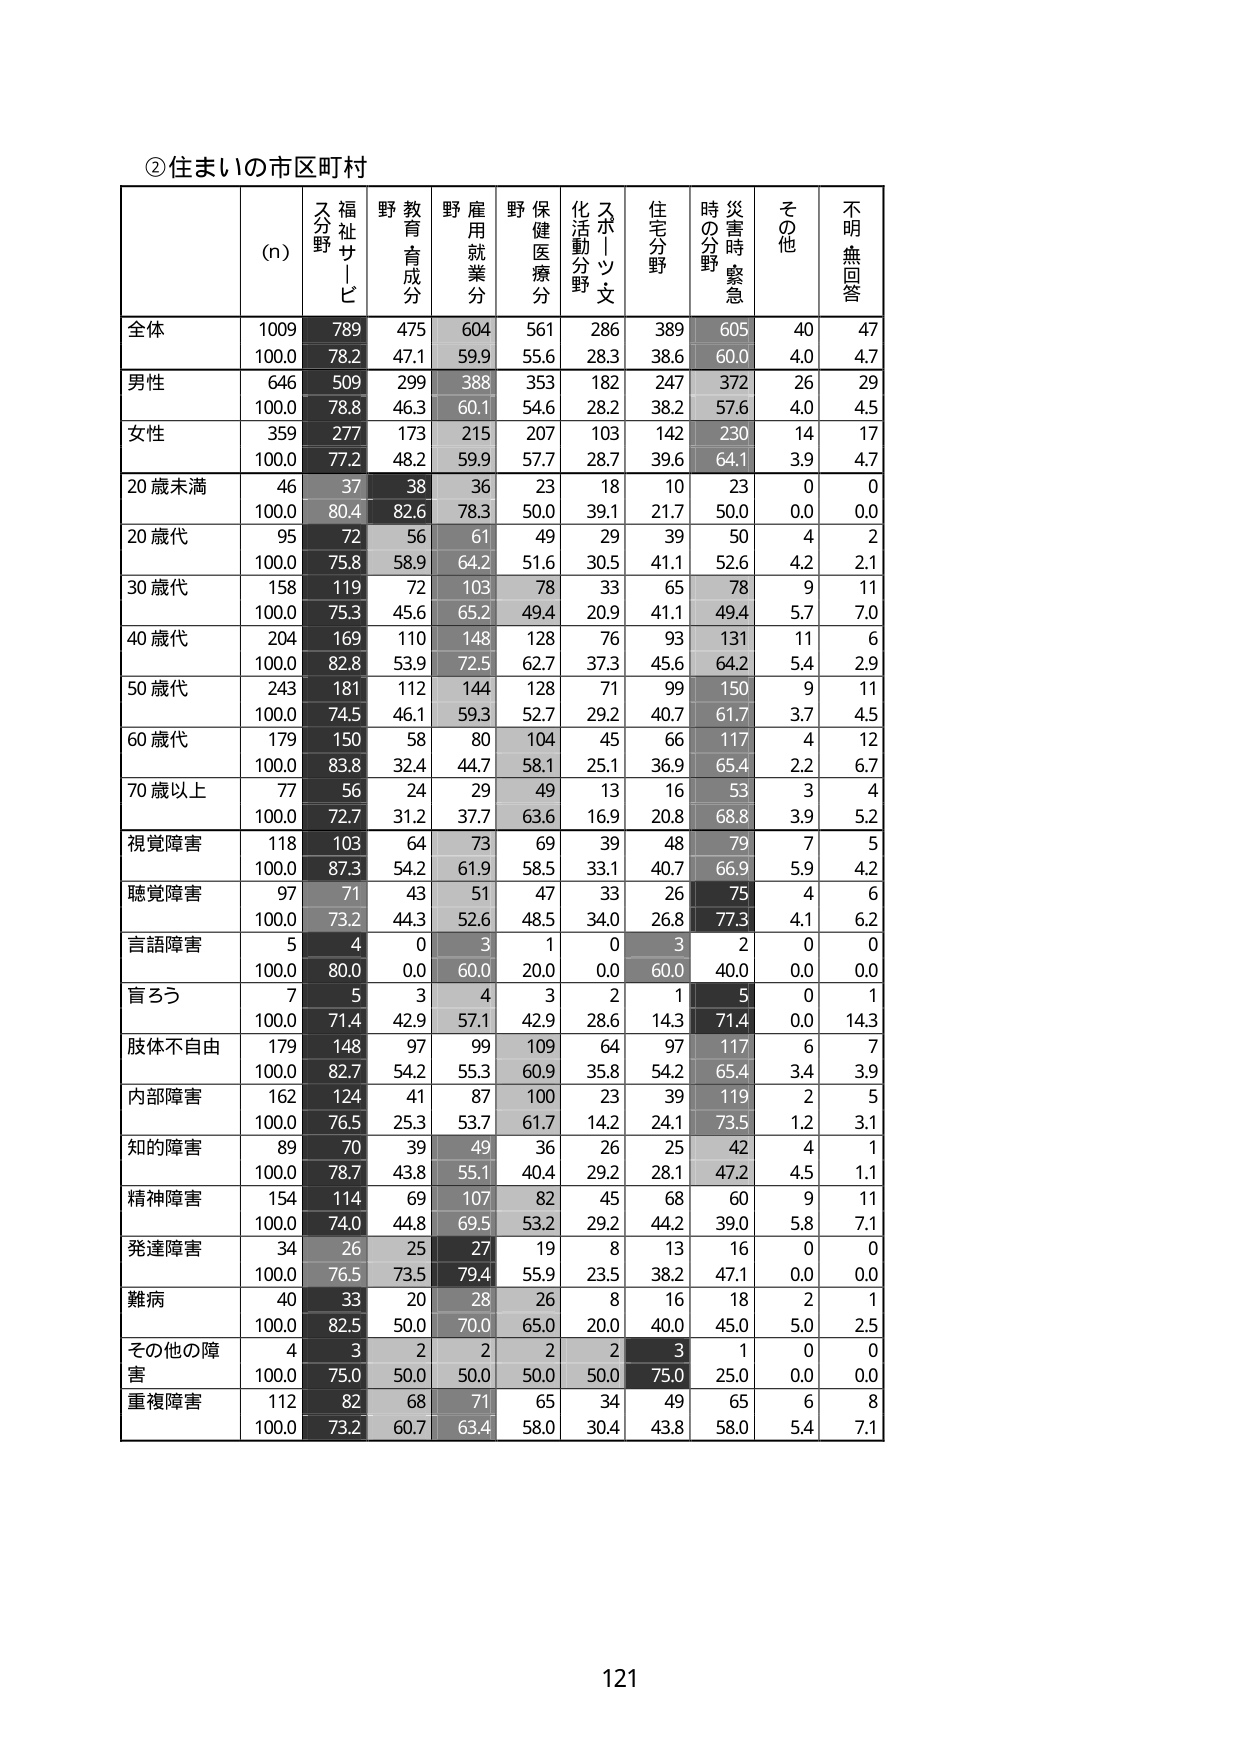
②住まいの市区町村

(n) 福祉サービス分野 教育育成分野 雇用就業分野 保健医療分野 スポーツ・文化活動分野 住宅分野 時の分野 災害時緊急 その他 不明無回答

全体 1009 789 475 604 561 286 389 605 40 47
100.0 78.2 47.1 59.9 55.6 28.3 38.6 60.0 4.0 4.7

男性 646 509 299 388 353 182 247 372 26 29
100.0 78.8 46.3 60.1 54.6 28.2 38.2 57.6 4.0 4.5

女性 359 277 173 215 207 103 142 230 14 17
100.0 77.2 48.2 59.9 57.7 28.7 39.6 64.1 3.9 4.7

20歳未満 46 37 38 36 23 18 10 23 0 0
100.0 80.4 82.6 78.3 50.0 39.1 21.7 50.0 0.0 0.0

20歳代 95 72 56 61 49 29 39 50 4 2
100.0 75.8 58.9 64.2 51.6 30.5 41.1 52.6 4.2 2.1

30歳代 158 119 72 103 78 33 65 78 9 11
100.0 75.3 45.6 65.2 49.4 20.9 41.1 49.4 5.7 7.0

40歳代 204 169 110 148 128 76 93 131 11 6
100.0 82.8 53.9 72.5 62.7 37.3 45.6 64.2 5.4 2.9

50歳代 243 181 112 144 128 71 99 150 9 11
100.0 74.5 46.1 59.3 52.7 29.2 40.7 61.7 3.7 4.5

60歳代 179 150 58 80 104 45 66 117 4 12
100.0 83.8 32.4 44.7 58.1 25.1 36.9 65.4 2.2 6.7

70歳以上 77 56 24 29 49 13 16 53 3 4
100.0 72.7 31.2 37.7 63.6 16.9 20.8 68.8 3.9 5.2

視覚障害 118 103 64 73 69 39 48 79 7 5
100.0 87.3 54.2 61.9 58.5 33.1 40.7 66.9 5.9 4.2

聴覚障害 97 71 43 51 47 33 26 75 4 6
100.0 73.2 44.3 52.6 48.5 34.0 26.8 77.3 4.1 6.2

言語障害 5 4 0 3 1 0 3 2 0 0
100.0 80.0 0.0 60.0 20.0 0.0 60.0 40.0 0.0 0.0

盲ろう 7 5 3 4 3 2 1 5 0 1
100.0 71.4 42.9 57.1 42.9 28.6 14.3 71.4 0.0 14.3

肢体不自由 179 148 97 99 109 64 97 117 6 7
100.0 82.7 54.2 55.3 60.9 35.8 54.2 65.4 3.4 3.9

内部障害 162 124 41 87 100 23 39 119 2 5
100.0 76.5 25.3 53.7 61.7 14.2 24.1 73.5 1.2 3.1

知的障害 89 70 39 49 36 26 25 42 4 1
100.0 78.7 43.8 55.1 40.4 29.2 28.1 47.2 4.5 1.1

精神障害 154 114 69 107 82 45 68 60 9 11
100.0 74.0 44.8 69.5 53.2 29.2 44.2 39.0 5.8 7.1

発達障害 34 26 25 27 19 8 13 16 0 0
100.0 76.5 73.5 79.4 55.9 23.5 38.2 47.1 0.0 0.0

難病 40 33 20 28 26 8 16 18 2 1
100.0 82.5 50.0 70.0 65.0 20.0 40.0 45.0 5.0 2.5

その他の障害 4 3 2 2 2 2 3 1 0 0
100.0 75.0 50.0 50.0 50.0 50.0 75.0 25.0 0.0 0.0

重複障害 112 82 68 71 65 34 49 65 6 8
100.0 73.2 60.7 63.4 58.0 30.4 43.8 58.0 5.4 7.1

121